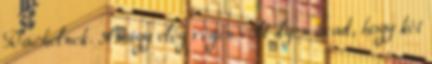
Rachelnek. Amúgy elég régen volt ilyen évad, hogy két